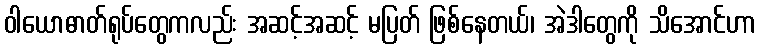
ဝါယောဓာတ်ရုပ်တွေကလည်း အဆင့်အဆင့် မပြတ် ဖြစ်နေတယ်၊ အဲဒါတွေကို သိအောင်ဟာ